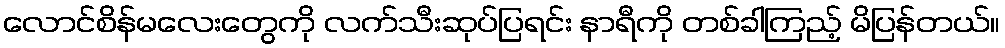
လောင်စိန်မလေးတွေကို လက်သီးဆုပ်ပြရင်း နာရီကို တစ်ခါကြည့် မိပြန်တယ်။